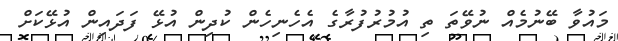
މައުވާ ބޭނުމެއް ނުވޭތަ ތި އުމުރުފުރާގެ އެހެނިހެން ކުދިން އުޅޭ ފަދައިން އުޅޭކަށް